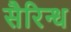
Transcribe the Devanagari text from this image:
सैरिन्ध